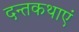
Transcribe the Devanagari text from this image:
दन्तकथाएं